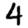
Digit: 4